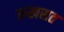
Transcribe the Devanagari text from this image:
रुखसत